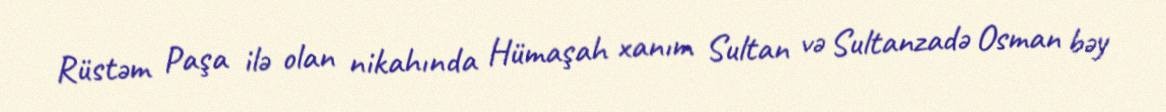
Rüstəm Paşa ilə olan nikahında Hümaşah xanım Sultan və Sultanzadə Osman bəy